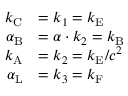
{ \begin{array} { r l } { k _ { \mathrm { { C } } } } & { = k _ { 1 } = k _ { \mathrm { { E } } } } \\ { \alpha _ { \mathrm { { B } } } } & { = \alpha \cdot k _ { 2 } = k _ { \mathrm { { B } } } } \\ { k _ { \mathrm { { A } } } } & { = k _ { 2 } = k _ { \mathrm { { E } } } / c ^ { 2 } } \\ { \alpha _ { \mathrm { { L } } } } & { = k _ { 3 } = k _ { \mathrm { { F } } } } \end{array} }